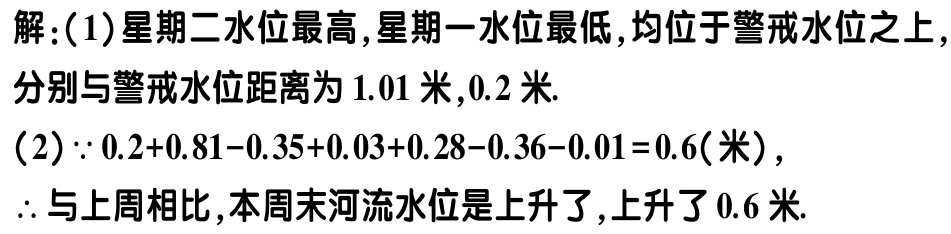
解：(1)星期二水位最高,星期一水位最低,均位于警戒水位之上,
分别与警戒水位距离为 \(1.01\) 米,\(0.2\) 米.
(2)\(\because 0.2 + 0.81-0.35 + 0.03+0.28 - 0.36-0.01 = 0.6\)(米),
\(\therefore\) 与上周相比,本周末河流水位是上升了,上升了 \(0.6\) 米.